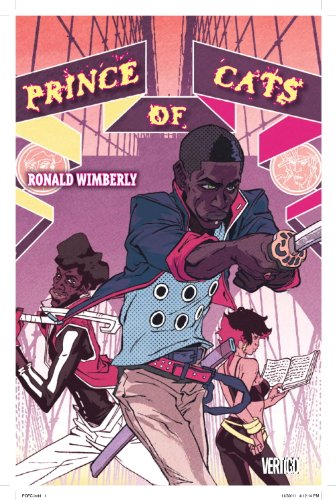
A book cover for The Prince of Cats; Ron Wimberly; Comics & Graphic Novels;